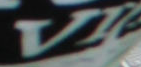
VI